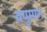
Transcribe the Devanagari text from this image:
वपुमान